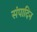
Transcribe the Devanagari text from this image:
संपादिन